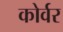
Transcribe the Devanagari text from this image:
कोर्वर